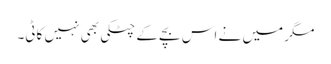
مگر میں نے اس بچے کے چٹکی بھی نہیں کاٹی۔